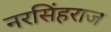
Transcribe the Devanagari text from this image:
नरसिंहराज